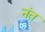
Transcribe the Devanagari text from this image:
नंत